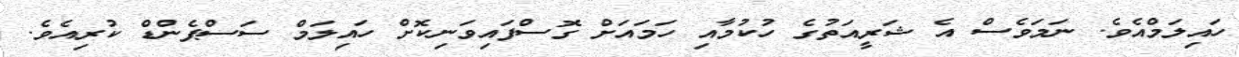
ހައިލަމްއެވެ. ނަމަވެސް އެ ޝަރީއަތުގެ ހުކުމާއި ހަމައަށް ގޮސްފައިވަނިކޮށް ހައިލަމް ސަސްޕެންޑް ކުރިއެވެ.